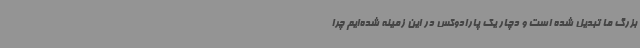
بزرگ ما تبدیل شده است و دچار یک پارادوکس در این زمینه شده‌ایم چرا